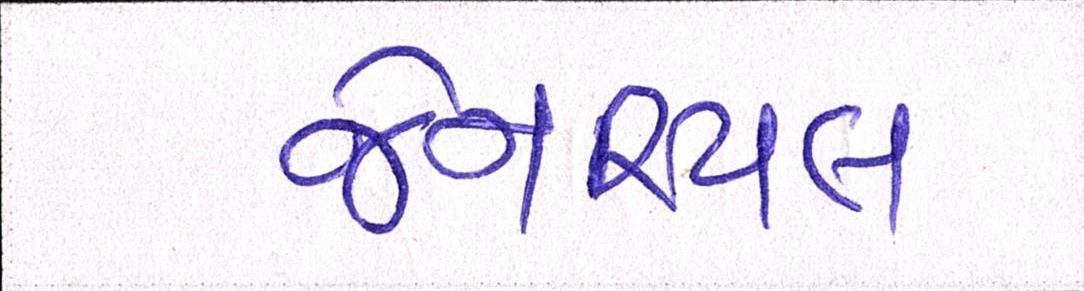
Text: જેનરિયલ